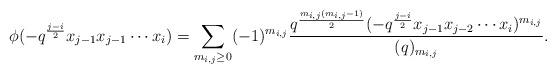
LaTeX: \begin{align*}\phi(-q^{\frac{j-i}{2}}x_{j-1}x_{j-1}\cdots x_{i})=\displaystyle \sum_{m_{i,j}\geq 0} (-1)^{m_{i,j}}\frac{q^{\frac{m_{i,j}(m_{i,j}-1)}{2}}(-q^{\frac{j-i}{2}}x_{j-1}x_{j-2}\cdots x_{i})^{m_{i,j}}}{(q)_{m_{i,j}}}. \end{align*}